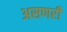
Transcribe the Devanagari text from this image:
असणरी